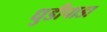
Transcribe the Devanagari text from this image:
धुडीपाडा